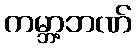
ကမ္ဘာ့ဘဏ်